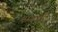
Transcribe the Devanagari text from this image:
सगडी